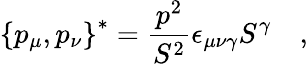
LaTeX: \left\{ p_{\mu},p_{\nu}\right\} ^{*}=\frac{p^{2}}{S^{2}}\epsilon_{\mu\nu\gamma}S^{\gamma}\quad,